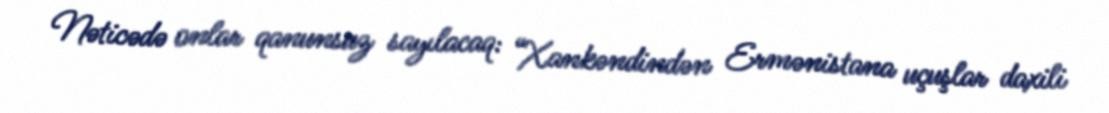
Nəticədə onlar qanunsuz sayılacaq: “Xankəndindən Ermənistana uçuşlar daxili